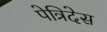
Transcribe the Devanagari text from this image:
पेत्रिदेस